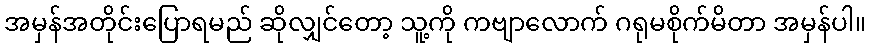
အမှန်အတိုင်းပြောရမည် ဆိုလျှင်တော့ သူ့ကို ကဗျာလောက် ဂရုမစိုက်မိတာ အမှန်ပါ။